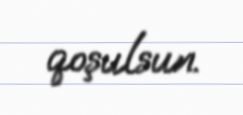
qoşulsun.